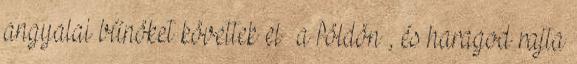
angyalai bűnöket követtek el a földön , és haragod rajta